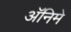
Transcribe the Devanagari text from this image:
अॅनिमे